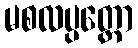
မစလပ္ပတ္တော